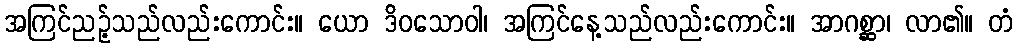
အကြင်ညဉ့်သည်လည်းကောင်း။ ယော ဒိဝသောဝါ၊ အကြင်နေ့သည်လည်းကောင်း။ အာဂစ္ဆာ၊ လာ၏။ တံ